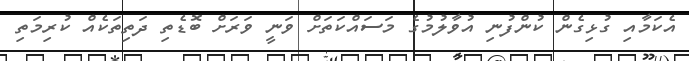
އެކަމާއި ގުޅިގެން ކުންފުނި އުވާލުމުގެ މަސައްކަތަށް ވަނީ ވަރަށް ބޮޑެތި ދަތިތަކެއް ކުރިމަތި